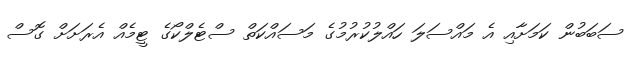
ސަބަބުން ކަމަށާއި އެ މައްސަލަ ހައްލުކުރުމުގެ މަސައްކަތް ސްޓެލްކޯގެ ޓީމެއް އެރަށަށް ގޮސް